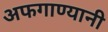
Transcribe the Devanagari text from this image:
अफगाण्यानी